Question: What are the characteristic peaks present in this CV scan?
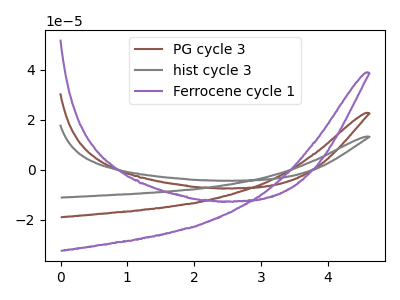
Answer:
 <answer>The brown curve "PG cycle 3" has no peaks. The gray curve "hist cycle 3" has no peaks. The purple curve "Ferrocene cycle 1" has no peaks.</answer>
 <eval></eval>